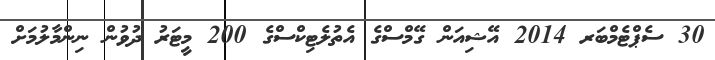
30 ސެޕްޓެމްބަރ 2014 އޭޝިއަން ގޭމްސްގެ އެތުލެޓިކްސްގެ 200 މީޓަރު ދުވުން ނިންމާލުމަށް